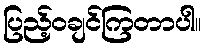
ပြည့်ဝချင်ကြတာပါ။